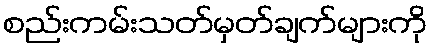
စည်းကမ်းသတ်မှတ်ချက်များကို